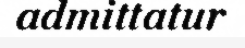
admittatur